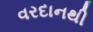
વરદાનથી